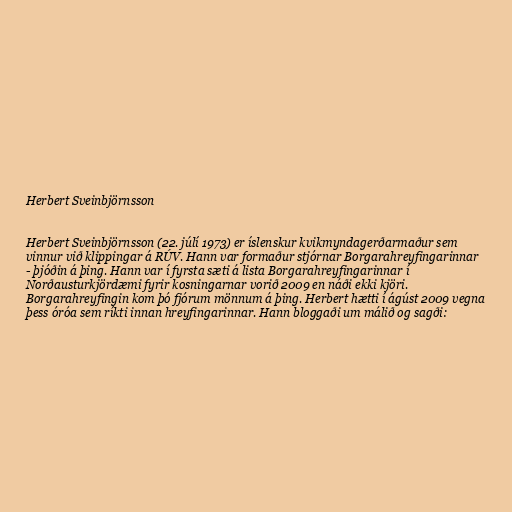
Herbert Sveinbjörnsson

Herbert Sveinbjörnsson (22. júlí 1973) er íslenskur kvikmyndagerðarmaður sem
vinnur við klippingar á RÚV. Hann var formaður stjórnar Borgarahreyfingarinnar
- þjóðin á þing. Hann var í fyrsta sæti á lista Borgarahreyfingarinnar í
Norðausturkjördæmi fyrir kosningarnar vorið 2009 en náði ekki kjöri.
Borgarahreyfingin kom þó fjórum mönnum á þing. Herbert hætti í ágúst 2009 vegna
þess óróa sem ríkti innan hreyfingarinnar. Hann bloggaði um málið og sagði: